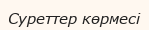
Суреттер көрмесі